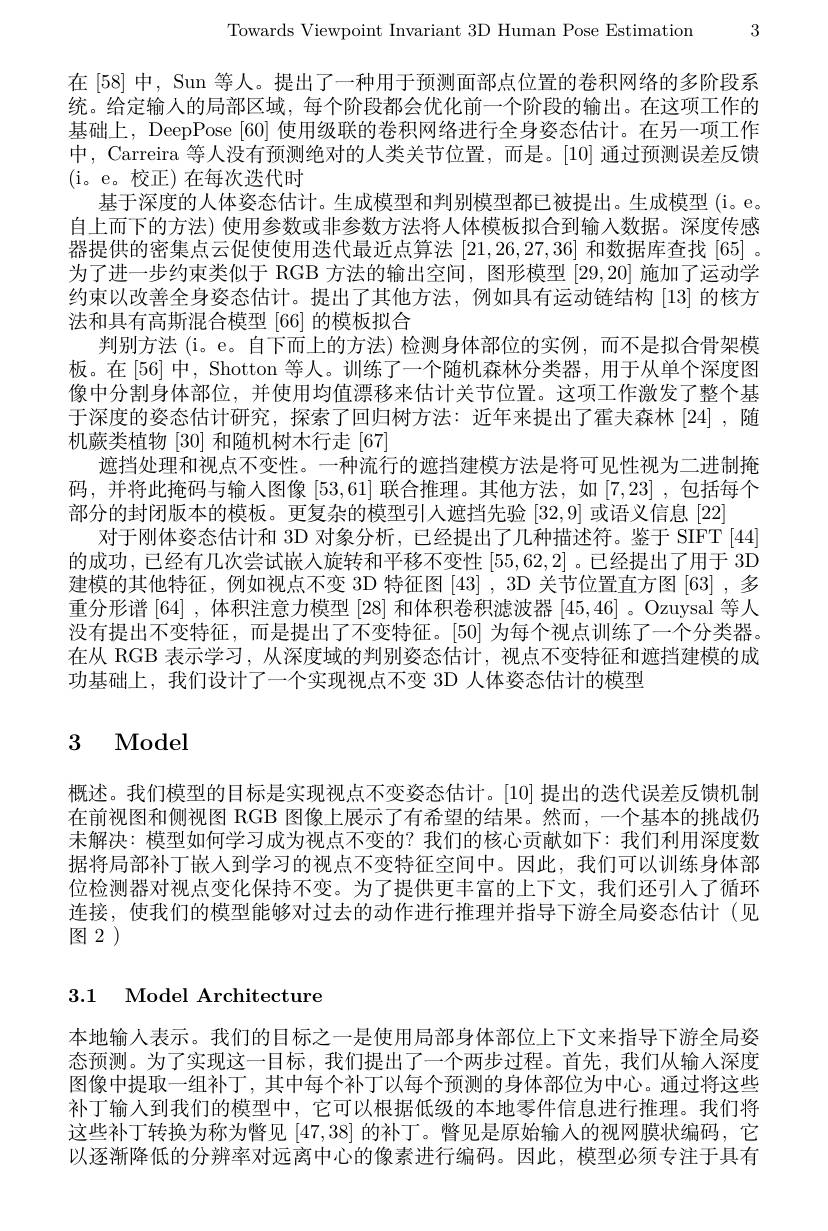
Towards Viewpoint Invariant 3D Human Pose Estimation 3

在[58]中，Sun 等人。提出了一种用于预测面部点位置的卷积网络的多阶段系统。给定输入的局部区域，每个阶段都会优化前一个阶段的输出。在这项工作的基础上，DeepPose [60]使用级联的卷积网络进行全身姿态估计。在另一项工作中，Carreira 等人没有预测绝对的人类关节位置，而是。[10]通过预测误差反馈(i。e。校正)在每次迭代时
基于深度的人体姿态估计。生成模型和判别模型都已被提出。生成模型(i。e. 自上而下的方法) 使用参数或非参数方法将人体模板拟合到输入数据。深度传感器提供的密集点云促使使用迭代最近点算法[21,26,27,36]和数据库查找[65] 。为了进一步约束类似于 RGB 方法的输出空间，图形模型[29,20]施加了运动学约束以改善全身姿态估计。提出了其他方法，例如具有运动链结构 [13]的核方法和具有高斯混合模型 [66] 的模板拟合
判别方法 (i。e。自下而上的方法) 检测身体部位的实例，而不是拟合骨架模板。在[56] 中，Shotton 等人。训练了一个随机森林分类器，用于从单个深度图像中分割身体部位，并使用均值漂移来估计关节位置。这项工作激发了整个基于深度的姿态估计研究，探索了回归树方法：近年来提出了霍夫森林[24] ,随机蕨类植物[30]和随机树木行走[67]
遮挡处理和视点不变性。一种流行的遮挡建模方法是将可见性视为二进制掩码，并将此掩码与输入图像[53,61]联合推理。其他方法，如[7,23] ,包括每个部分的封闭版本的模板。更复杂的模型引人遮挡先验[32,9]或语义信息[22]
对于刚体姿态估计和 3D 对象分析，已经提出了几种描述符。鉴于 SIFT[44] 的成功，已经有几次尝试嵌入旋转和平移不变性[55,62,2] 。已经提出了用于 3D 建模的其他特征，例如视点不变 3D 特征图 [43] , 3D 关节位置直方图 [63] , 多重分形谱[64] ,体积注意力模型 [28] 和体积卷积滤波器 [45,46] 。Ozuysal 等人没有提出不变特征，而是提出了不变特征。[50] 为每个视点训练了一个分类器。在从 RGB 表示学习，从深度域的判别姿态估计，视点不变特征和遮挡建模的成功基础上，我们设计了一个实现视点不变 3D 人体姿态估计的模型

# 3 Model

概述。我们模型的目标是实现视点不变姿态估计。[10] 提出的迭代误差反馈机制在前视图和侧视图 RGB 图像上展示了有希望的结果。然而，一个基本的挑战仍末解决：模型如何学习成为视点不变的？我们的核心贡献如下：我们利用深度数据将局部补丁嵌人到学习的视点不变特征空间中。因此，我们可以训练身体部位检测器对视点变化保持不变。为了提供更丰富的上下文，我们还引人了循环连接，使我们的模型能够对过去的动作进行推理并指导下游全局姿态估计(见$\widetilde{\text{图 }2}^{\prime})$

3.1 Model Architecture

本地输人表示。我们的目标之一是使用局部身体部位上下文来指导下游全局姿态预测。为了实现这一目标，我们提出了一个两步过程。首先，我们从输人深度图像中提取一组补丁，其中每个补丁以每个预测的身体部位为中心。通过将这些补丁输入到我们的模型中，它可以根据低级的本地零件信息进行推理。我们将这些补丁转换为称为瞥见[47,38]的补丁。瞥见是原始输入的视网膜状编码，它以逐渐降低的分辨率对远离中心的像素进行编码。因此，模型必须专注于具有